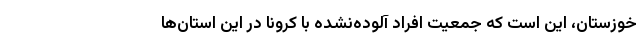
خوزستان، این است که جمعیت افراد آلوده‌نشده با کرونا در این استان‌‌ها